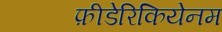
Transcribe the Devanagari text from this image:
फ़ीडेरिकियेनम